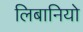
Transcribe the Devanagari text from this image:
लिबानियो